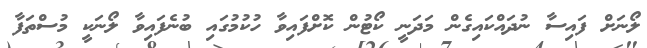
ލޯނަށް ފައިސާ ނުދައްކައިގެން މަދަނީ ކޯޓުން ކޮށްފައިވާ ހުކުމުގައި ބުނެފައިވާ ލޯނަކީ މުސްތަފާ